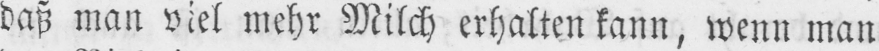
daß man viel mehr Milch erhalten kann, wenn man